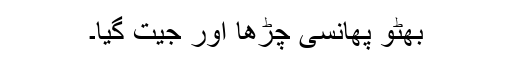
بھٹو پھانسی چڑھا اور جیت گیا۔